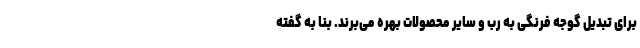
برای تبدیل گوجه فرنگی به رب و سایر محصولات بهره می‌برند. بنا به گفته